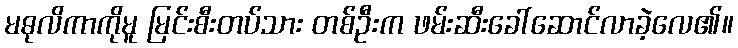
မဓုလိကာကိုမူ မြင်းစီးတပ်သား တစ်ဦးက ဖမ်းဆီးခေါ်ဆောင်လာခဲ့လေ၏။